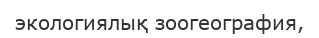
экологиялық зоогеография,